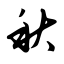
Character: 秋